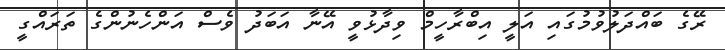
ރޭގެ ބައްދަލުވުމުގައި އަލީ އިބްރާހީމް ވިދާޅުވީ އޭނާ އަބަދު ވެސް އަންހެނުންގެ ތަރައްގީ